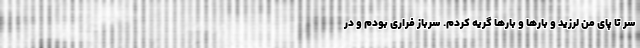
سر تا پای من لرزید و بارها و بارها گریه کردم. سرباز فراری بودم و در